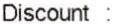
DISCOUNT :